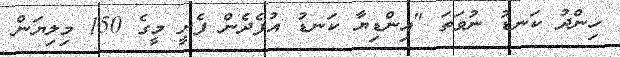
ހިންދު ކަނޑު ނުވަތަ "އިންޑިޔާ ކަނޑު އުފެދެން ފެށީ މީގެ 150 މިލިޔަން